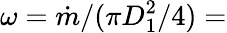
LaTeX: \omega=\dot{m}/(\pi D_{1}^{2}/4)=